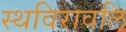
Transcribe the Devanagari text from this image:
स्थविरावलि